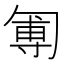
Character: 𠣵